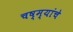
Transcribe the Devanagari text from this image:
चष्म्यांचे